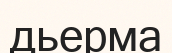
дьерма